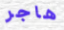
هاجر